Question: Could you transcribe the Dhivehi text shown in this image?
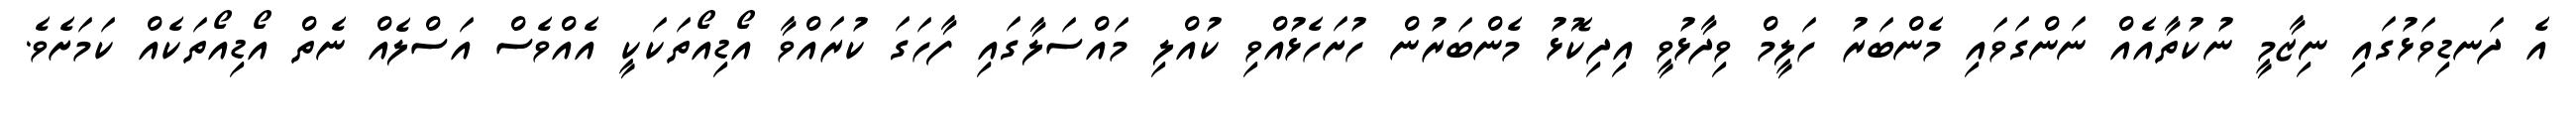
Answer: އެ ދަނޑިވަޅުގައި ނިޒާމީ ނުކުތާއެއް ނަންގަވައި މެންބަރު ހަލީމް ވިދާޅުވީ އިދިކޮޅު މެންބަރުން ހުށަހެޅުއްވި ކުއްލި މައްސަލާގައި ފާހަގަ ކުރައްވާ އޯޑިއޯތަކަކީ އެއްވެސް އަސްލެއް ނެތް އޯޑިއޯތަކެއް ކަމަށެވެ.